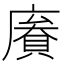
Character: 𢊹